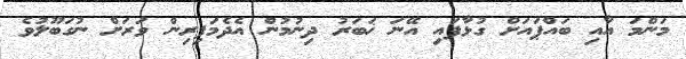
މަންމަ އާއި ބައްޕައަށް ގުޅާފައި އޭނަ ޚަބަރު ދިނުމުން އެދެމަފިރިން ވަރަށް ނުގަބޫލުވެ